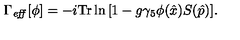
\Gamma _ { \mathit { e f f } } [ \phi ] = - i \mathrm { T r } \ln { \left[ 1 - g \gamma _ { 5 } \phi ( \hat { x } ) S ( \hat { p } ) \right] } .